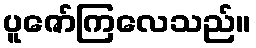
ပူဇော်ကြလေသည်။